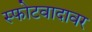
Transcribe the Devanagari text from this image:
स्फोटवादावर